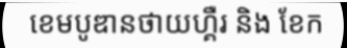
ខេមបូឌានថាយហ្គឺរ និង ខែក